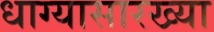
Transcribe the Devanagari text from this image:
धाग्यासारख्या